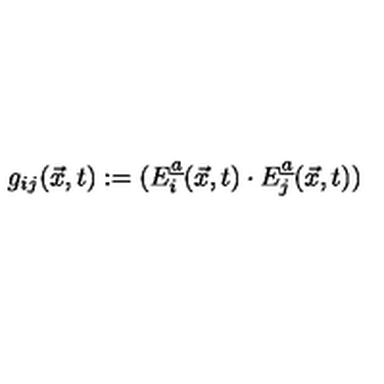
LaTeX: g _ { i j } ( \vec { x } , t ) : = ( E _ { i } \sp { \underline { { a } } } ( \vec { x } , t ) \cdot E _ { j } \sp { \underline { { a } } } ( \vec { x } , t ) )